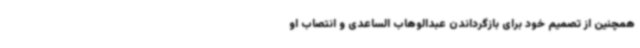
همچنین از تصمیم خود برای بازگرداندن عبدالوهاب الساعدی و انتصاب او